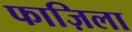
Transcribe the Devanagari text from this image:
फाज़िला